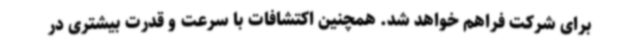
برای شرکت فراهم خواهد شد. همچنین اکتشافات با سرعت و قدرت بیشتری در